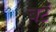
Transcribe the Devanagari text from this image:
बटँ